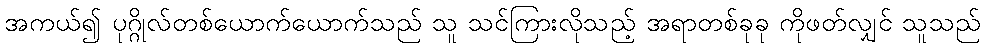
အကယ်၍ ပုဂ္ဂိုလ်တစ်ယောက်ယောက်သည် သူ သင်ကြားလိုသည့် အရာတစ်ခုခု ကိုဖတ်လျှင် သူသည်